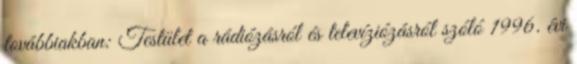
továbbiakban: Testület a rádiózásról és televíziózásról szóló 1996. évi